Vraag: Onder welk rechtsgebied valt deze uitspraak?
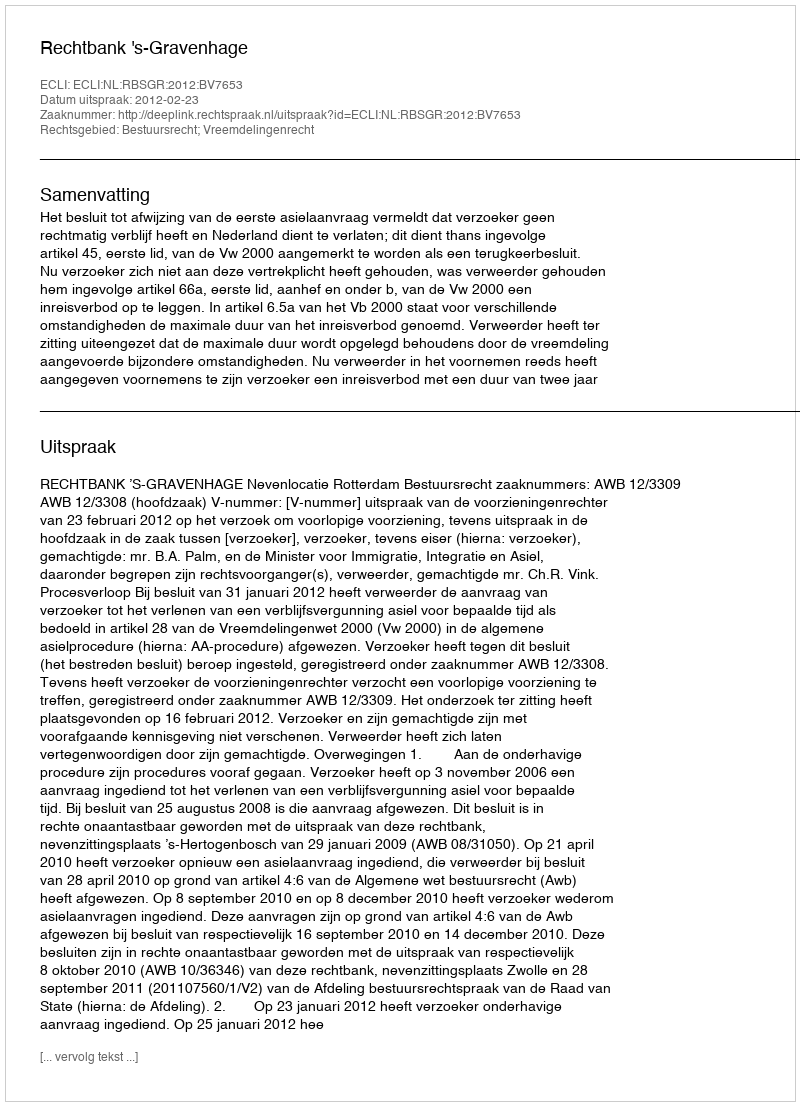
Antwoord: Bestuursrecht; Vreemdelingenrecht